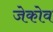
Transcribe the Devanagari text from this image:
जेकोव